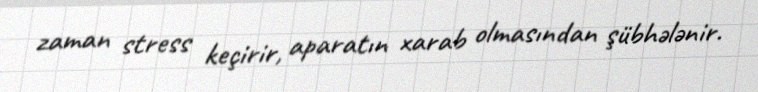
zaman stress keçirir, aparatın xarab olmasından şübhələnir.